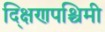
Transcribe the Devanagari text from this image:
द्क्षिणपश्चिमी